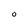
Character: o